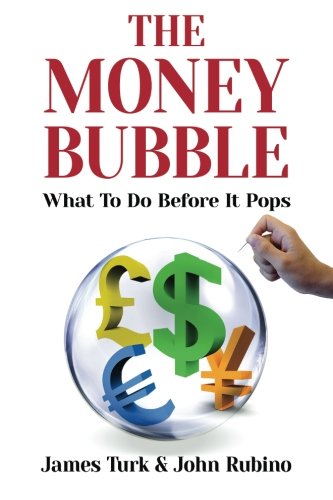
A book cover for The Money Bubble; James Turk; Business & Money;